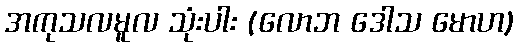
အကုသလမူလ သုံးပါး (လောဘ ဒေါသ မောဟ)